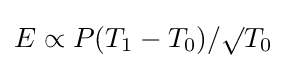
E\propto P(T_{1}-T_{0})/\surd T_{0}